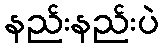
နည်းနည်းပဲ